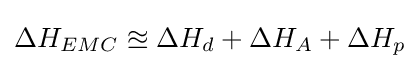
\Delta H_{EMC}\approxeq \Delta H_{d}+\Delta H_{A}+\Delta H_{p}